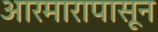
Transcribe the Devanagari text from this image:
आरमारापासून